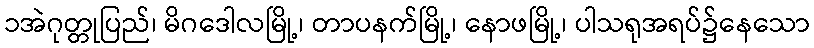
၁အဲဂုတ္တုပြည်၊ မိဂဒေါလမြို့၊ တာပနက်မြို့၊ နောဖမြို့၊ ပါသရုအရပ်၌နေသော